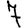
Digit: 7